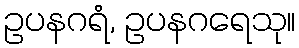
ဥပနဂရံ, ဥပနဂရေသု။